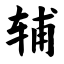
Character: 辅